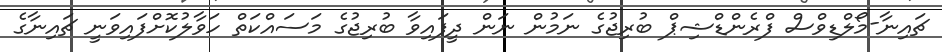
ޗައިނާ-މޯލްޑިވްސް ފްރެންޑްޝިޕް ބުރިޖުގެ ނަމުން ނަން ދީފައިވާ ބުރިޖުގެ މަސައްކަތް ހަވާލުކޮށްފައިވަނީ ޗައިނާގެ